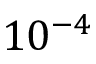
1 0 ^ { - 4 }